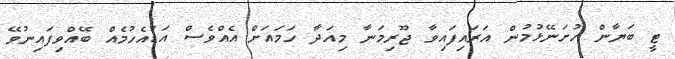
ޓީ ބަޔާން ހުށަނޭޅުމުން އަރައިފައިވާ ޖޫރިމަނާ މިއަދާ ހަމައަށް އެއްވެސް އަޑުއެހުމެއް ބޭއްވިފައިނުވޭ